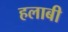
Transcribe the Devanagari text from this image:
हलाबी